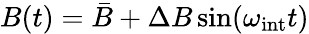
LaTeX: B(t)=\bar{B}+\Delta B\sin(\omega_{\mathrm{int}}t)